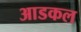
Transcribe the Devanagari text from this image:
आडकल